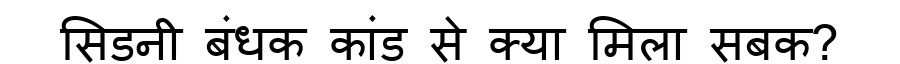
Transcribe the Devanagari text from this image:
सिडनी बंधक कांड से क्या मिला सबक?